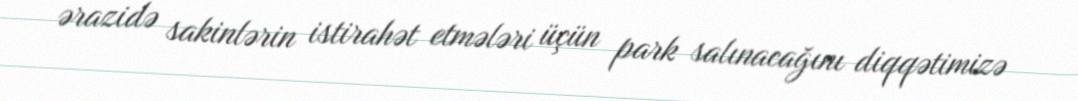
ərazidə sakinlərin istirahət etmələri üçün park salınacağını diqqətimizə